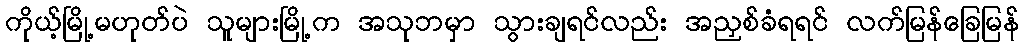
ကိုယ့်မြို့မဟုတ်ပဲ သူများမြို့က အသုဘမှာ သွားချရင်လည်း အညှစ်ခံရရင် လက်မြန်ခြေမြန်